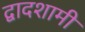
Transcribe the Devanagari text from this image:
द्वादशामी